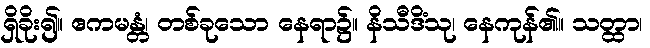
ရှိခိုး၍။ ဧကမန္တံ၊ တစ်ခုသော နေရာ၌။ နိသီဒိံသု၊ နေကုန်၏။ သတ္ထာ၊